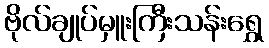
ဗိုလ်ချုပ်မှူးကြီးသန်းရွှေ